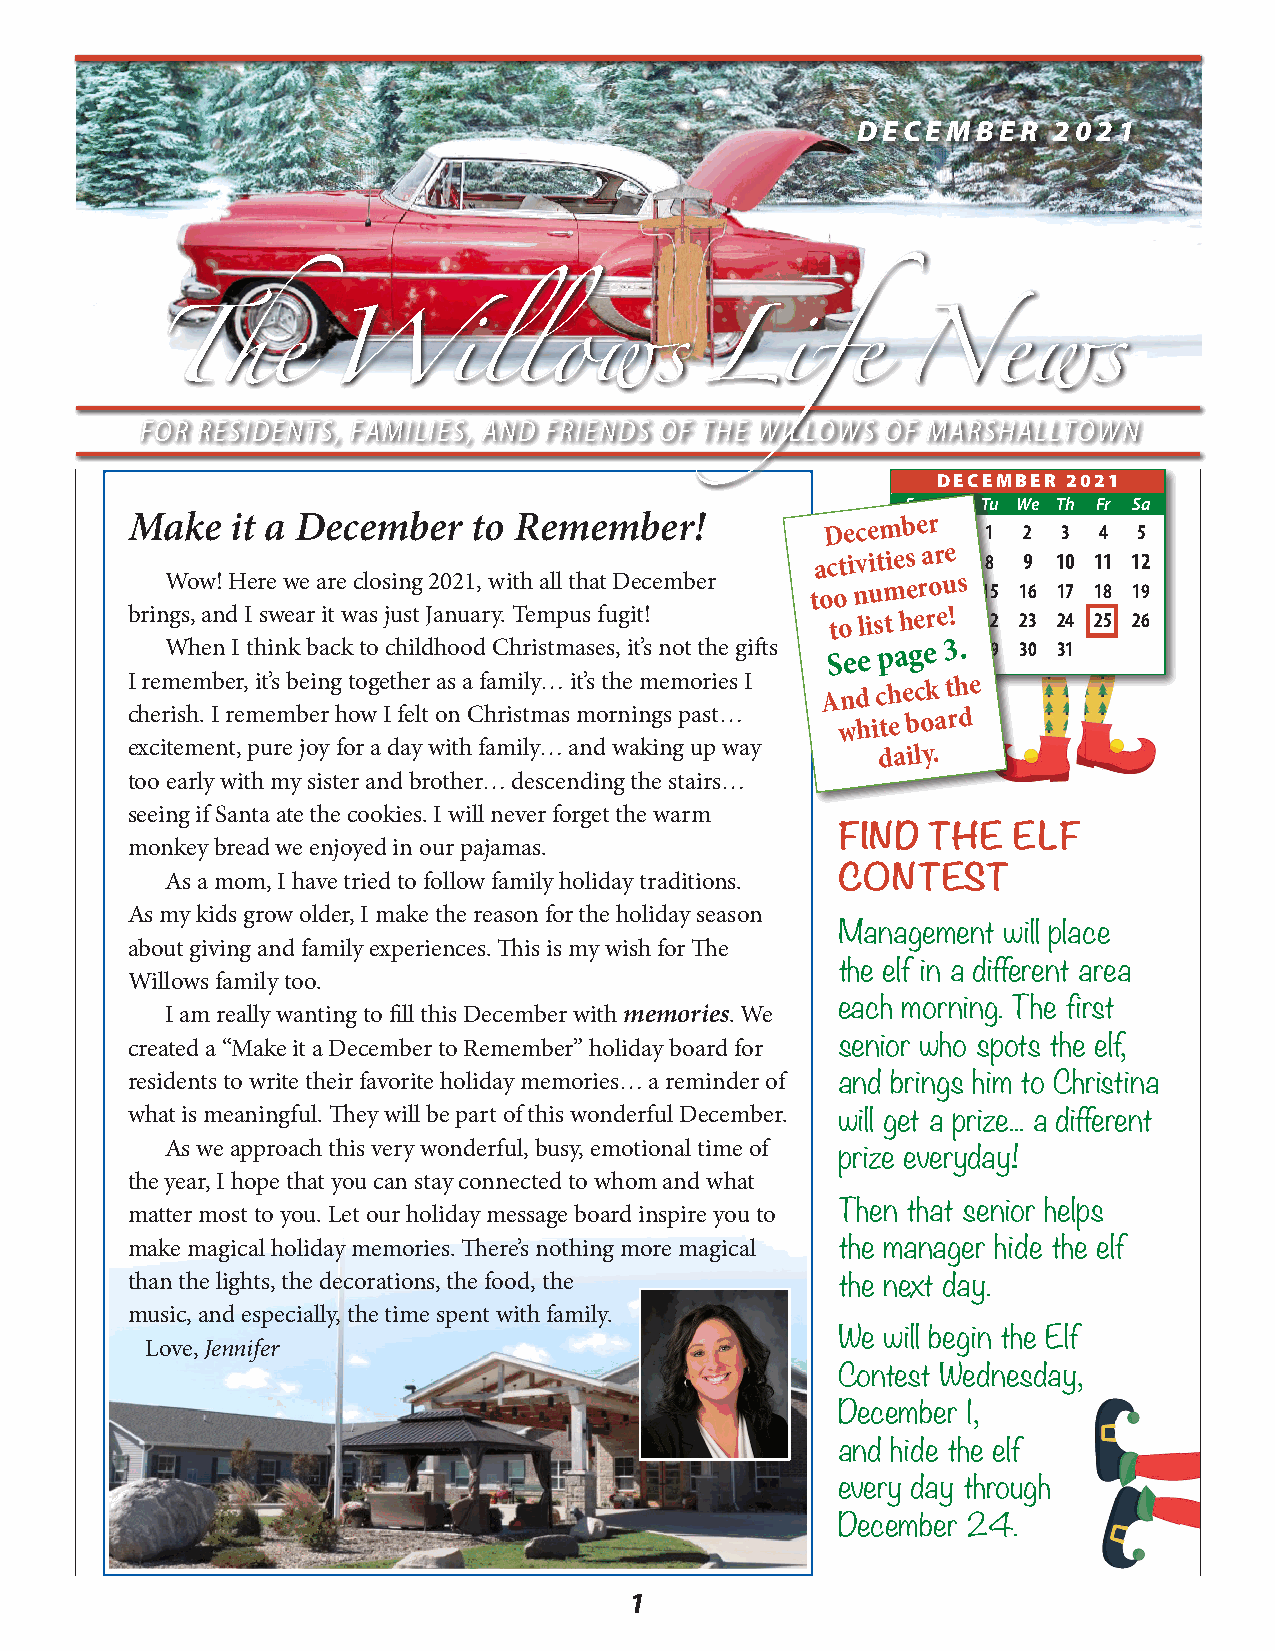
DECEMBER     2021
 FOR RESIDENTS, FAMILIES, AND FRIENDS OF THE WILLOWS OF MARSHALLTOWN
 DECEMBER 2021
 Su Mo Tu We Th Fr Sa
 M Take hit a e D Wecember i t lo lRe ome wmb ser ! L ifDeece m Nb er 1e 2w 3 s4 5
 activiti es6 are 7 8 9 10 11 12
 Wow! Here we are closing 2021, with all that December too num 1e3r o 1u 4s 15 16 17 18 19
 brings, and I swear it was just January. Tempus fugit! to list h20e re2!1 22 23 24 25 26
 When I think back to childhood Christmases, it’s not the gifts See p a2g7 e 238 . 29 30 31
 I remember, it’s being together as a family… it’s the memories I
 And
 check the
 cherish. I remember how I felt on Christmas mornings past…
 white
 board
 excitement, pure joy for a day with family… and waking up way daily.
 too early with my sister and brother… descending the stairs…
 seeing if Santa ate the cookies. I will never forget the warm
 FIND   THE  ELF
 monkey bread we enjoyed in our pajamas.
 As a mom, I have tried to follow family holiday traditions. CONTEST
 As my kids grow older, I make the reason for the holiday season
 Management will place
 about giving and family experiences. This is my wish for The
 the elf in a different area
 Willows family too.
 I am really wanting to fill this December with memories. We each morning. The first
 created a “Make it a December to Remember” holiday board for senior who spots the elf,
 residents to write their favorite holiday memories… a reminder of and brings him to Christina
 what is meaningful. They will be part of this wonderful December.
 will get a prize... a different
 As we approach this very wonderful, busy, emotional time of
 prize everyday!
 the year, I hope that you can stay connected to whom and what
 matter most to you. Let our holiday message board inspire you to Then that senior helps
 make magical holiday memories. There’s nothing more magical the manager hide the elf
 than the lights, the decorations, the food, the the next day.
 music, and especially, the time spent with family.
 We will begin the Elf
 Love, Jennifer
 Contest Wednesday,
 December 1,
 and hide the elf
 every day through
 December 24.
 1